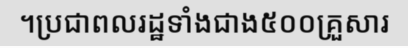
។ប្រជាពលរដ្ឋទាំងជាង៥០០គ្រួសារ